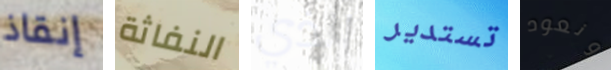
إنقاذ النفاثة الذي تستدير ونعود